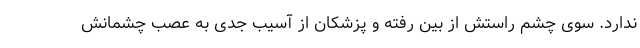
ندارد. سوی چشم راستش از بین رفته و پزشکان از آسیب جدی به عصب چشمانش